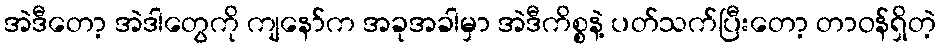
အဲဒီတော့ အဲဒါတွေကို ကျနော်က အခုအခါမှာ အဲဒီကိစ္စနဲ့ ပတ်သက်ပြီးတော့ တာဝန်ရှိတဲ့